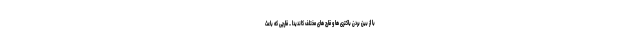
با از بین بردن باکتری ها و قارچ های مختلف کاندیدا _ قارچی که باعث